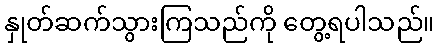
နှုတ်ဆက်သွားကြသည်ကို တွေ့ရပါသည်။